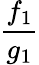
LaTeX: \frac{f_{1}}{g_{1}}